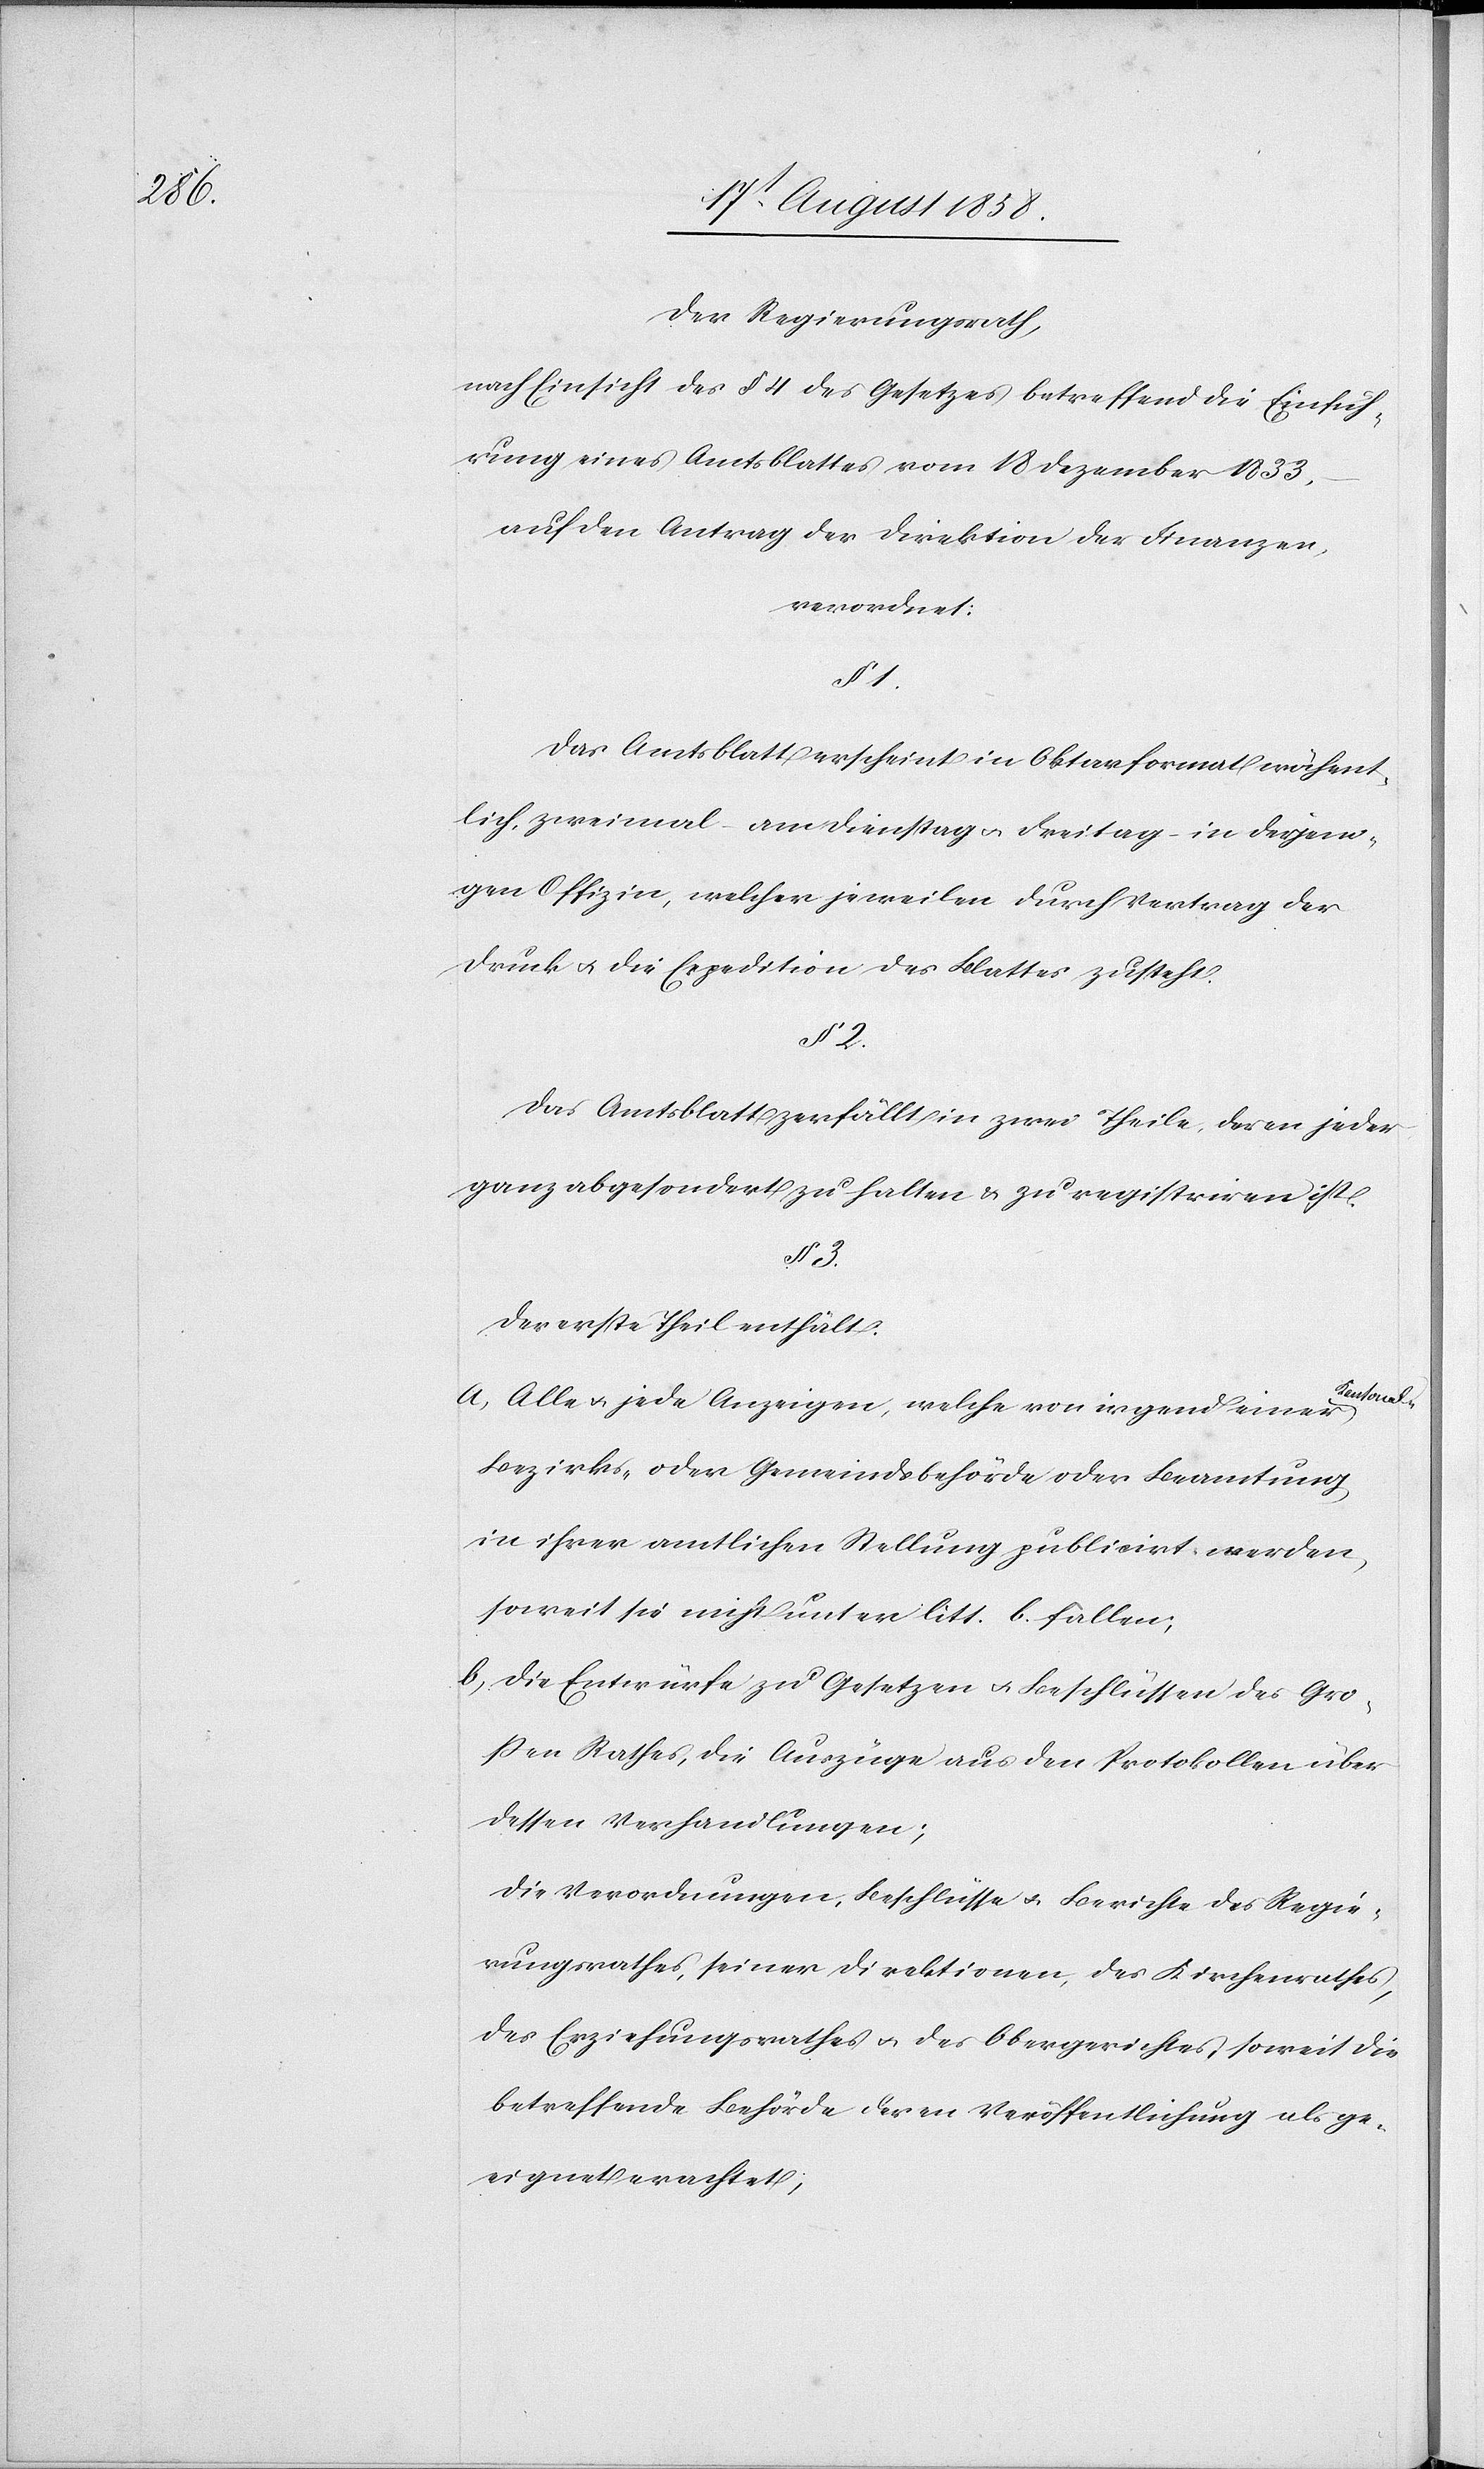
l-[,]

Der Regierungsrath,
nach Einsicht des § 4 des Gesetzes betreffend die Einfüh¬
rung eines Amtsblattes vom 18 Dezember 1833,
auf den Antrag der Direktion der Finanzen,
verordnet:
§ 1.
Das Amtsblatt erscheint in Oktavformat wöchent¬
lich, zweimal – am Dienstag & Freitag – in derjeni¬
gen Offizin, welcher jeweilen durch Vertrag der
Druck & die Expedition des Blattes zusteht.
§ 2.
Das Amtsblatt zerfällt in zwei Theile, deren jeder
ganz abgesondert zu halten & zu registriren ist.
§ 3.
Der erste Theil enthält:
Alle & jede Anzeigen, welche von irgend einer Kantona¬
Bezirks- oder Gemeindsbehörde oder Beamtung
in ihrer amtlichen Stellung publicirt werden,
soweit sie nicht unter litt. b. fallen;
Die Entwürfe zu Gesetzen & Beschlüssen des Gro¬
ßen Rathes, die Auszüge aus den Protokollen über
dessen Verhandlungen;
die Verordnungen, Beschlüsse & Berichte des Regie¬
rungsrathes, seiner Direktionen, des Kirchenrathes,
des Erziehungsrathes & des Obergerichtes, soweit die
betreffende Behörde deren Veröffentlichung als ge¬
eignet erachtet;